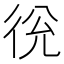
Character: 㣞